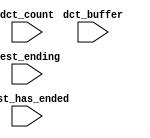
module limbus_nios2_qsys_0_oci_test_bench (
                                            // inputs:
                                             dct_buffer,
                                             dct_count,
                                             test_ending,
                                             test_has_ended
                                          )
;

  input   [ 29: 0] dct_buffer;
  input   [  3: 0] dct_count;
  input            test_ending;
  input            test_has_ended;


endmodule